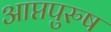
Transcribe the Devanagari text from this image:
आप्तपुरुष